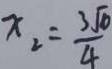
x _ { 2 } = \frac { 3 \sqrt { 6 } } { 4 }